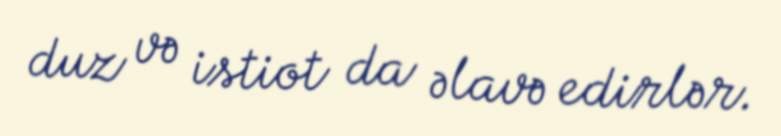
duz və istiot da əlavə edirlər.